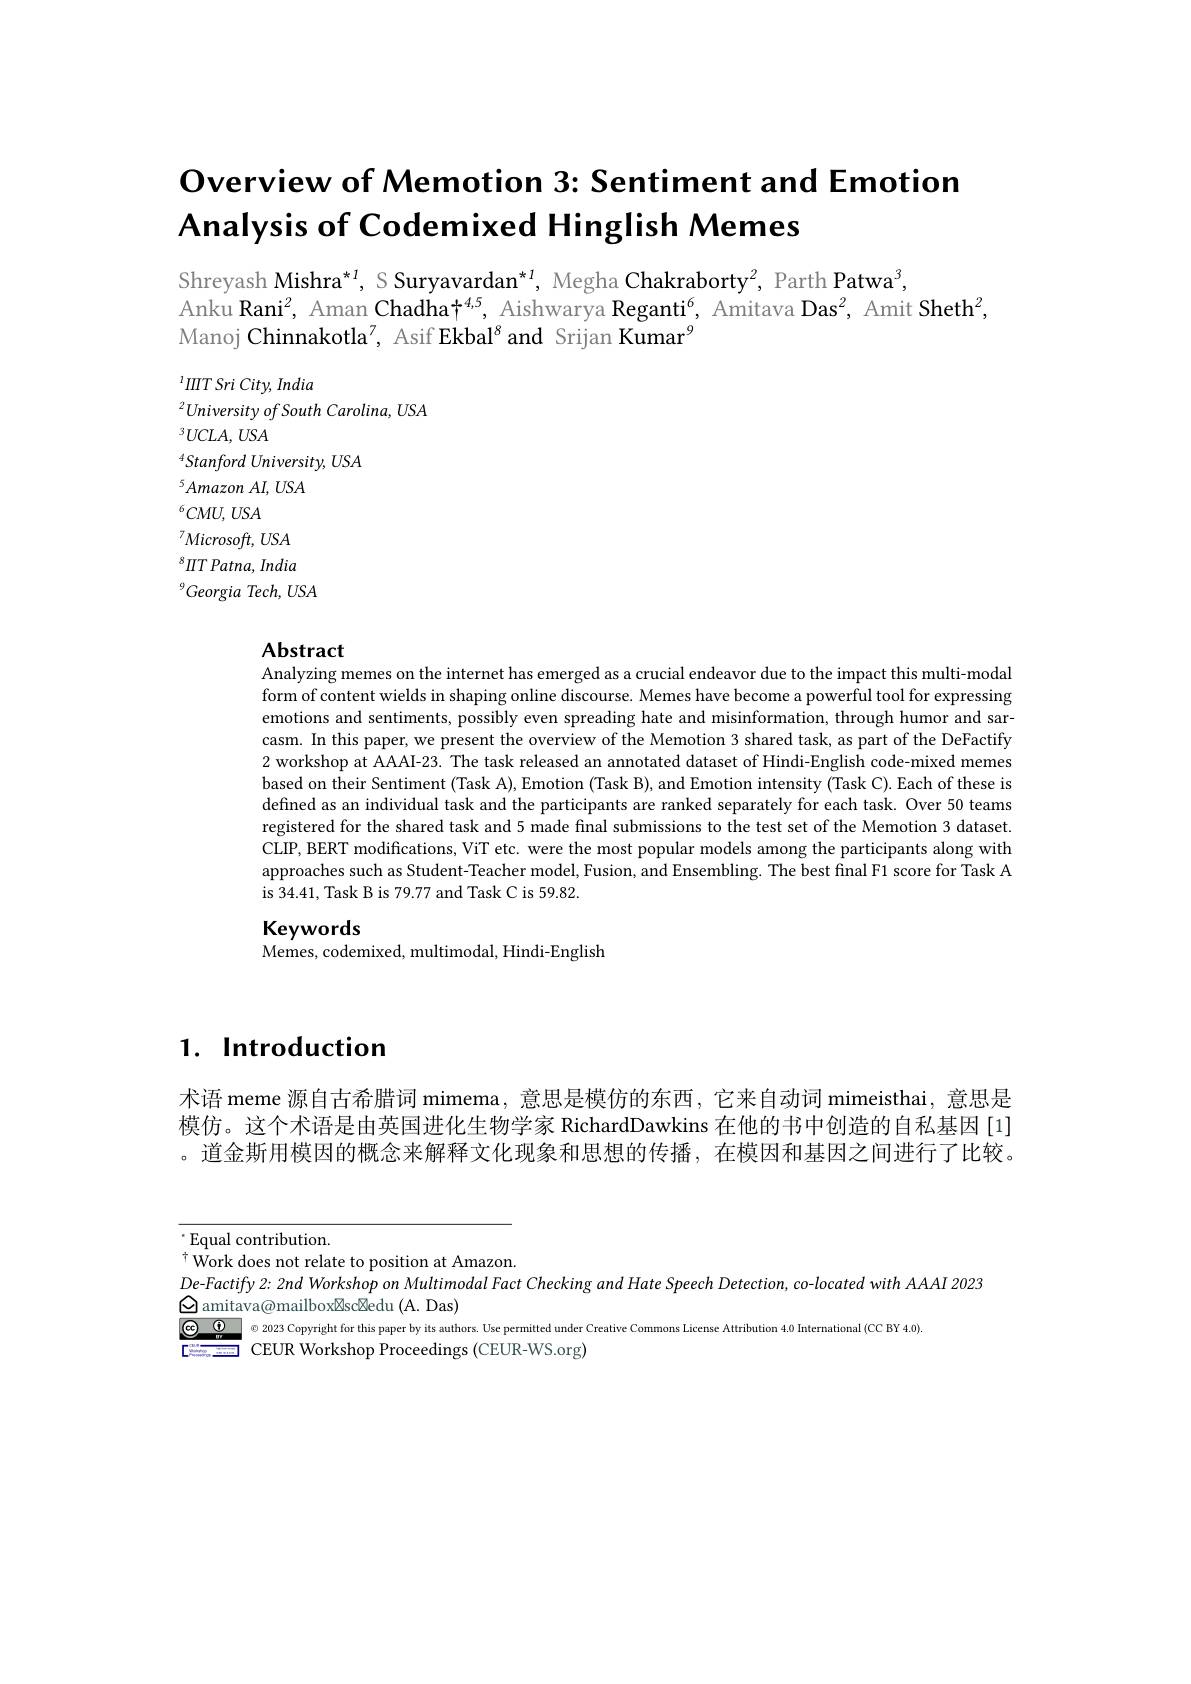
# Overview of Memotion $3{: }\textbf{Sentiment and Emotion}$ Analysis of Codemixed Hinglish Memes

Shreyash Mishra*1, S Suryavardan*1, Megha Chakraborty$^{2}$, Parth Patwa$^{3}$,
Anku Rani$^2$, Aman Chadha$\dagger^{4,5}$, Aishwarya Reganti$^6$, Amitava Das$^2$, Amit Sheth$^2$,
Manoj Chinnakotla$^7$, Asif Ekbal$^8$ and Srijan Kumar$^{\mathrm{G}}$

$^{1}IIITSriCity,India$
${}^{2}University\textit{ of South Carolina, USA}$
${}^3UCLA,USA$
${}^{4}Stanford$ University, USA
${}^{5}Amazon$ $AI$, $USA$
${}^{6}CMU$, $USA$
$^{7}Microsoft,USA$ $^{8}IITPatna,India$ ${}^{9}Georgia$ Tech, USA

## Abstract

Analyzing memes on the internet has emerged as a crucial endeavor due to the impact this multi-modal form of content wields in shaping online discourse. Memes have become a powerful tool for expressing emotions and sentiments, possibly even spreading hate and misinformation, through humor and sarcasm. In this paper, we present the overview of the Memotion 3 shared task, as part of the DeFactify 2 workshop at AAAI-23. The task released an annotated dataset of Hindi-English code-mixed memes based on their Sentiment (Task A), Emotion (Task B), and Emotion intensity (Task C). Each of these is defined as an individual task and the participants are ranked separately for each task. Over 50 teams registered for the shared task and 5 made final submissions to the test set of the Memotion 3 dataset CLIP, BERT modifications, ViT etc. were the most popular models among the participants along with approaches such as Student-Teacher model, Fusion, and Ensembling. The best final F1 score for Task A is 34.41, Task B is 79.77 and Task C is 59.82.

Keywords
Memes, codemixed, multimodal, Hindi-English

$1. \textbf{ Introduction}$

术语 meme 源自古希腊词 mimema, 意思是模仿的东西，它来自动词 mimeisthai, 意思是模仿。这个术语是由英国进化生物学家 RichardDawkins 在他的书中创造的自私基因[1] 。道金斯用模因的概念来解释文化现象和思想的传播，在模因和基因之间进行了比较。

 Equal contribution.
$^{\dagger}$Work does not relate to position at Amazon.
De-Factify 2: 2nd Workshop on Multimodal Fact Checking and Hate Speech Detection, co-located with AAAI 2023
$\underline{{\mathbf{Q}}}$ amitava@mailbox☒sc☒edu (A. Das)
$\textcircled{20}23$ Copyright for this paper by its authors. Use permitted under Creative Commons License Attribution 4.0 International (CC BY 4.0).
<FigureHere>
CEUR Workshop Proceedings (CEUR-WS.org)